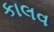
કાલવ